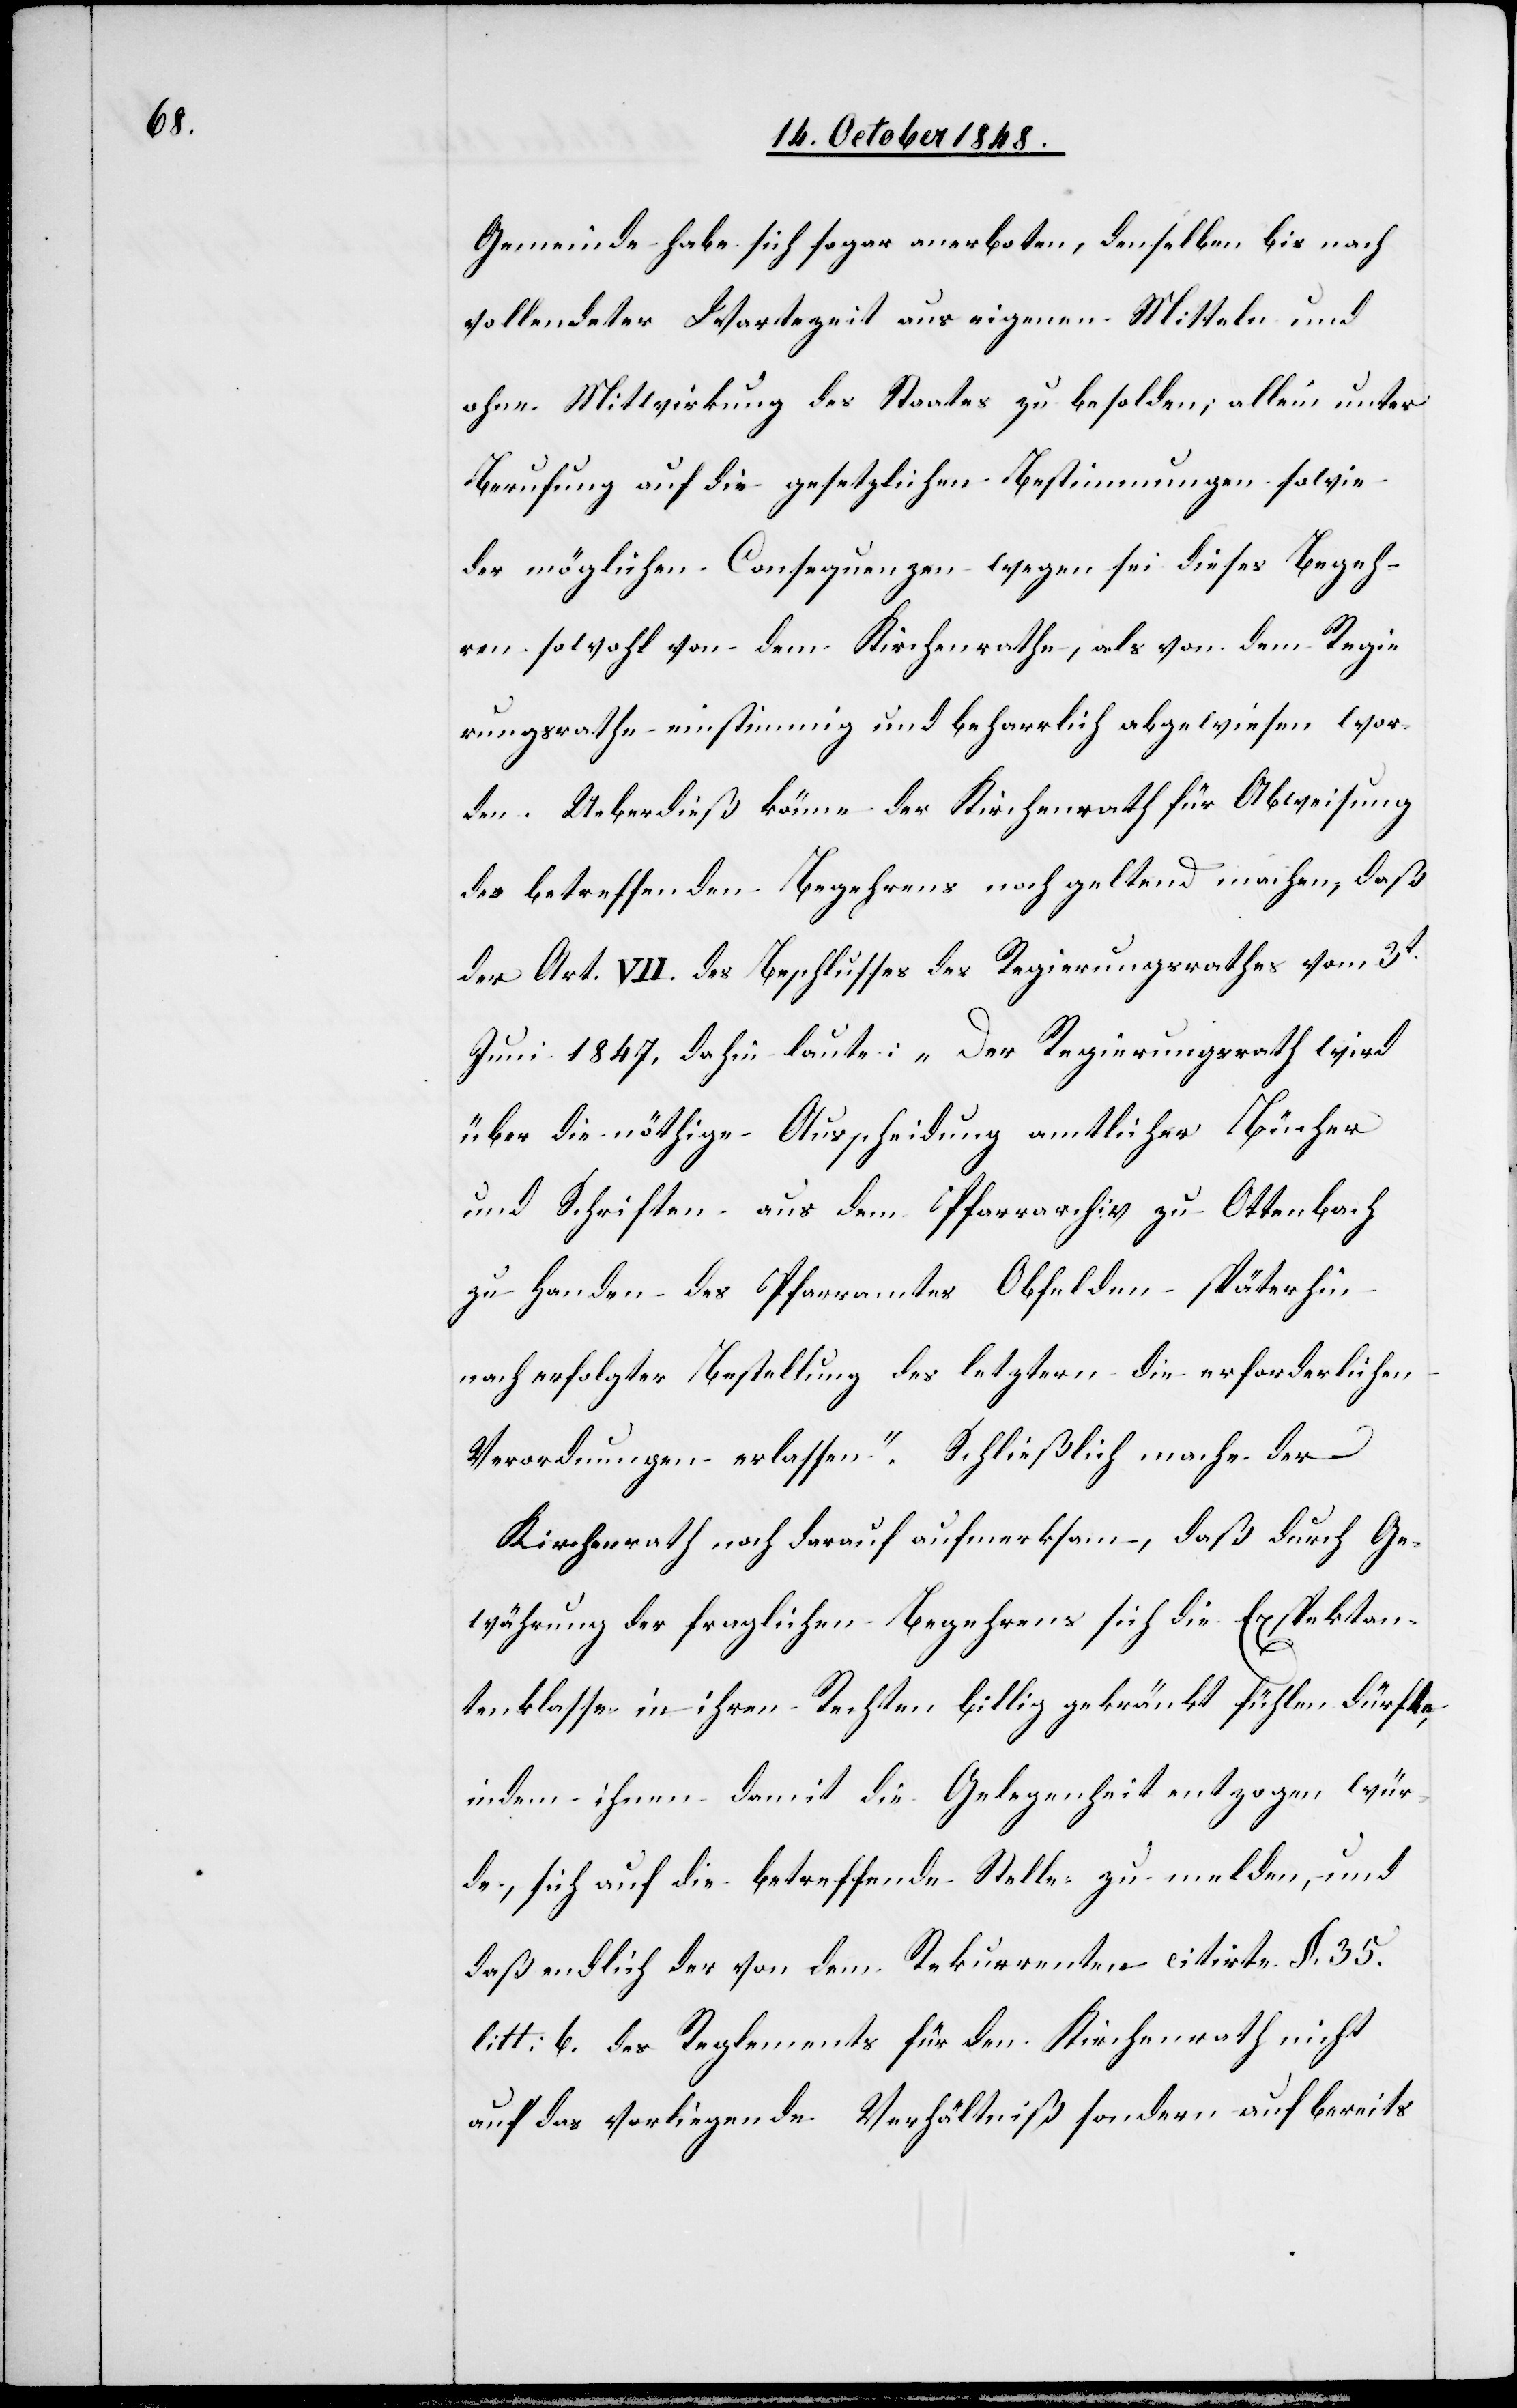
kt¬

Gemeinde habe sich sogar anerboten, denselben bis nach
vollendeter Wartezeit aus eigenen Mitteln und
ohne Mitwirkung des Staates zu besolden; allein unter
Berufung auf die gesetzlichen Bestimmungen sowie
der möglichen Consequenzen wegen sei dieses Begeh¬
ren sowohl von dem Kirchenrathe, als von dem Regie¬
rungsrathe einstimmig und beharrlich abgewiesen wor¬
den. Ueberdieß könne der Kirchenrath für Abweisung
des betreffenden Begehrens noch geltend machen, daß
der Art. VII. des Beschlusses des Regierungsrathes vom 3t
Juni 1847. dahin laute: „Der Regierungsrath wird
über die nöthige Ausscheidung amtlicher Bücher
und Schriften aus dem Pfarrarchiv zu Ottenbach
zu Handen des Pfarramtes Obfelden späterhin
nach erfolgter Bestellung des letztern die erforderlichen
Verordnungen erlassen.“ Schließlich mache der
Kirchenrath noch darauf aufmerksam, daß durch Ge¬
antenklasse in ihren Rechten billig gekränkt fühlen dürfte,
indem ihnen damit die Gelegenheit entzogen wür¬
de, sich auf die betreffende Stelle zu melden, und
daß endlich der von dem Rekurrenten citirte §. 35.
litt. b. des Reglements für den Kirchenrath nicht
auf das vorliegende Verhältniß sondern auf bereits